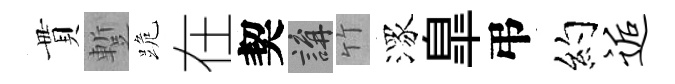
貫蹔跪在契講竹潈臯弔约逅